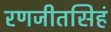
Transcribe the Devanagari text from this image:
रणजीतसिहं